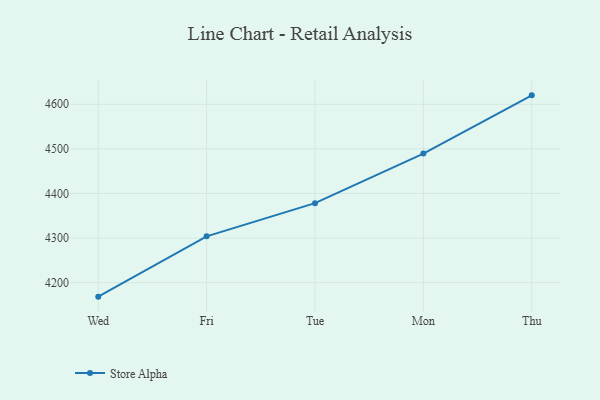
{"axis": {"x": "Day", "y": "Backlog"}, "legend": ["Store Alpha"], "data": [{"x": "Wed", "y": 4168.6, "type": "Store Alpha"}, {"x": "Fri", "y": 4303.8, "type": "Store Alpha"}, {"x": "Tue", "y": 4378.2, "type": "Store Alpha"}, {"x": "Mon", "y": 4489.5, "type": "Store Alpha"}, {"x": "Thu", "y": 4620.0, "type": "Store Alpha"}]}